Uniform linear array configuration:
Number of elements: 32
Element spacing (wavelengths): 0.25
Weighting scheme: binomial
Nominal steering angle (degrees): -30
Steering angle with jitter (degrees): -29.809
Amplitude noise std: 0.05
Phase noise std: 0.05

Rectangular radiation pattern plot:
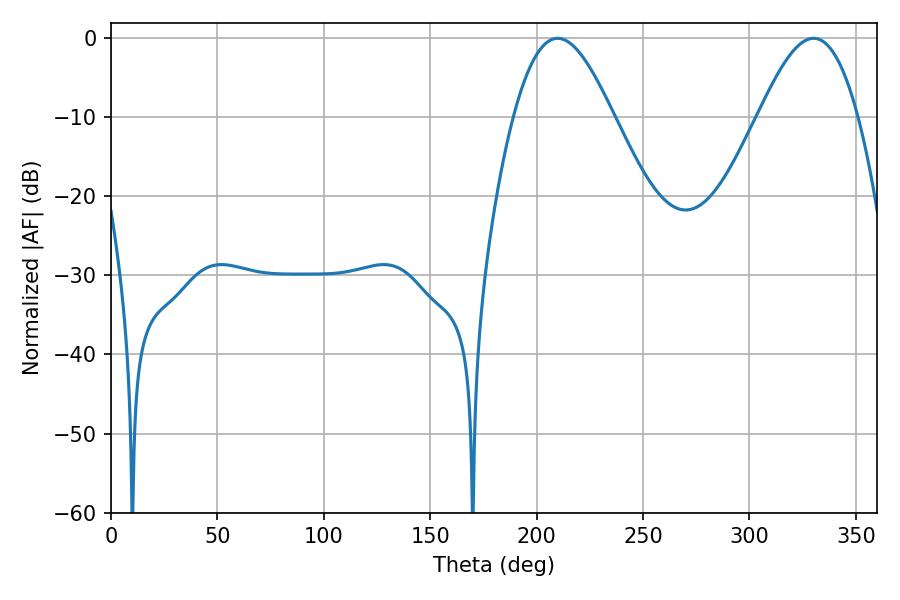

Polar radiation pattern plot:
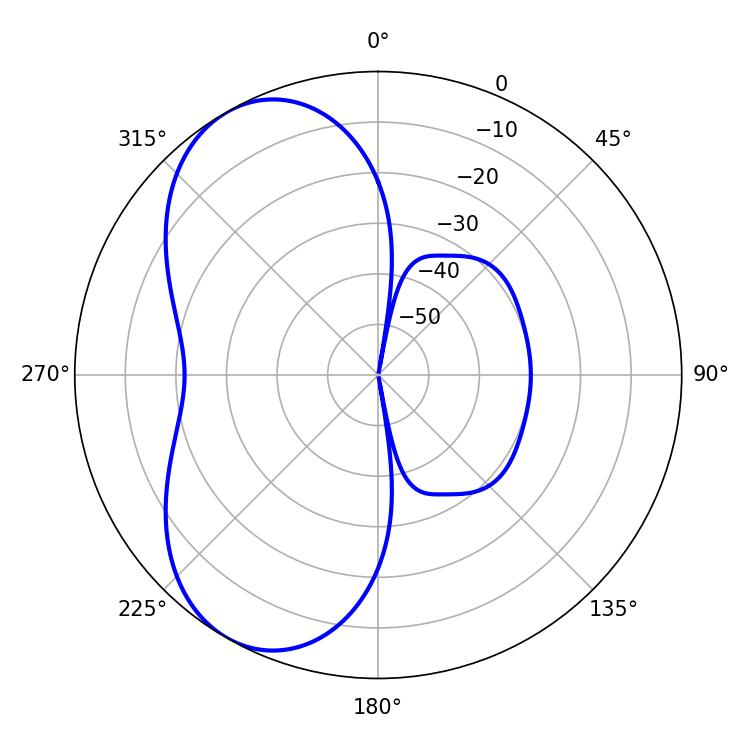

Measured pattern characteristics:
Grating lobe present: FALSE
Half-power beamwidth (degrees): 25.02
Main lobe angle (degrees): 209.88